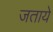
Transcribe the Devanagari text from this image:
जताये